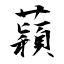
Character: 蘔